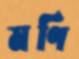
মণি